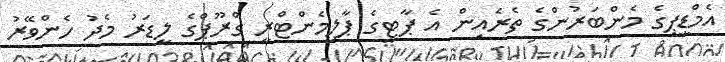
އެމްޑީޕީގެ މެންބަރުންގެ ތެރެއިން އެ ޕާޓީގެ ޕާލިމެންޓްރީ ގްރޫޕްގެ ލީޑަރު މެދު ހެންވޭރު